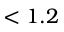
< 1 . 2